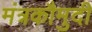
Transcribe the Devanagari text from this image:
मंत्रकौमुदी